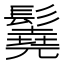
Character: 𩯆